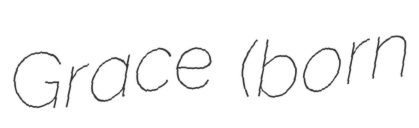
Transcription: Grace (born